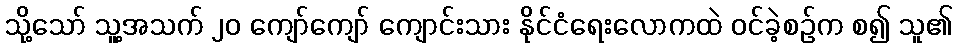
သို့သော် သူ့အသက် ၂၀ ကျော်ကျော် ကျောင်းသား နိုင်ငံရေးလောကထဲ ဝင်ခဲ့စဉ်က စ၍ သူ၏